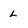
Character: L